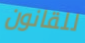
للقانون